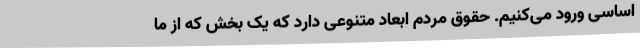
اساسی ورود می‌کنیم. حقوق مردم ابعاد متنوعی دارد که یک بخش که از ما